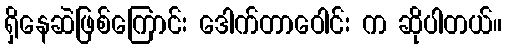
ရှိနေဆဲဖြစ်ကြောင်း ဒေါက်တာဝေါင်း က ဆိုပါတယ်။